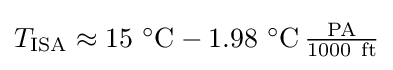
{\textstyle T_{\text{ISA}}\approx 15~{{}^{\circ }{\text{C}}}-1.98~{{}^{\circ }{\text{C}}}\,{\frac {\text{PA}}{1000~{\text{ft}}}}}